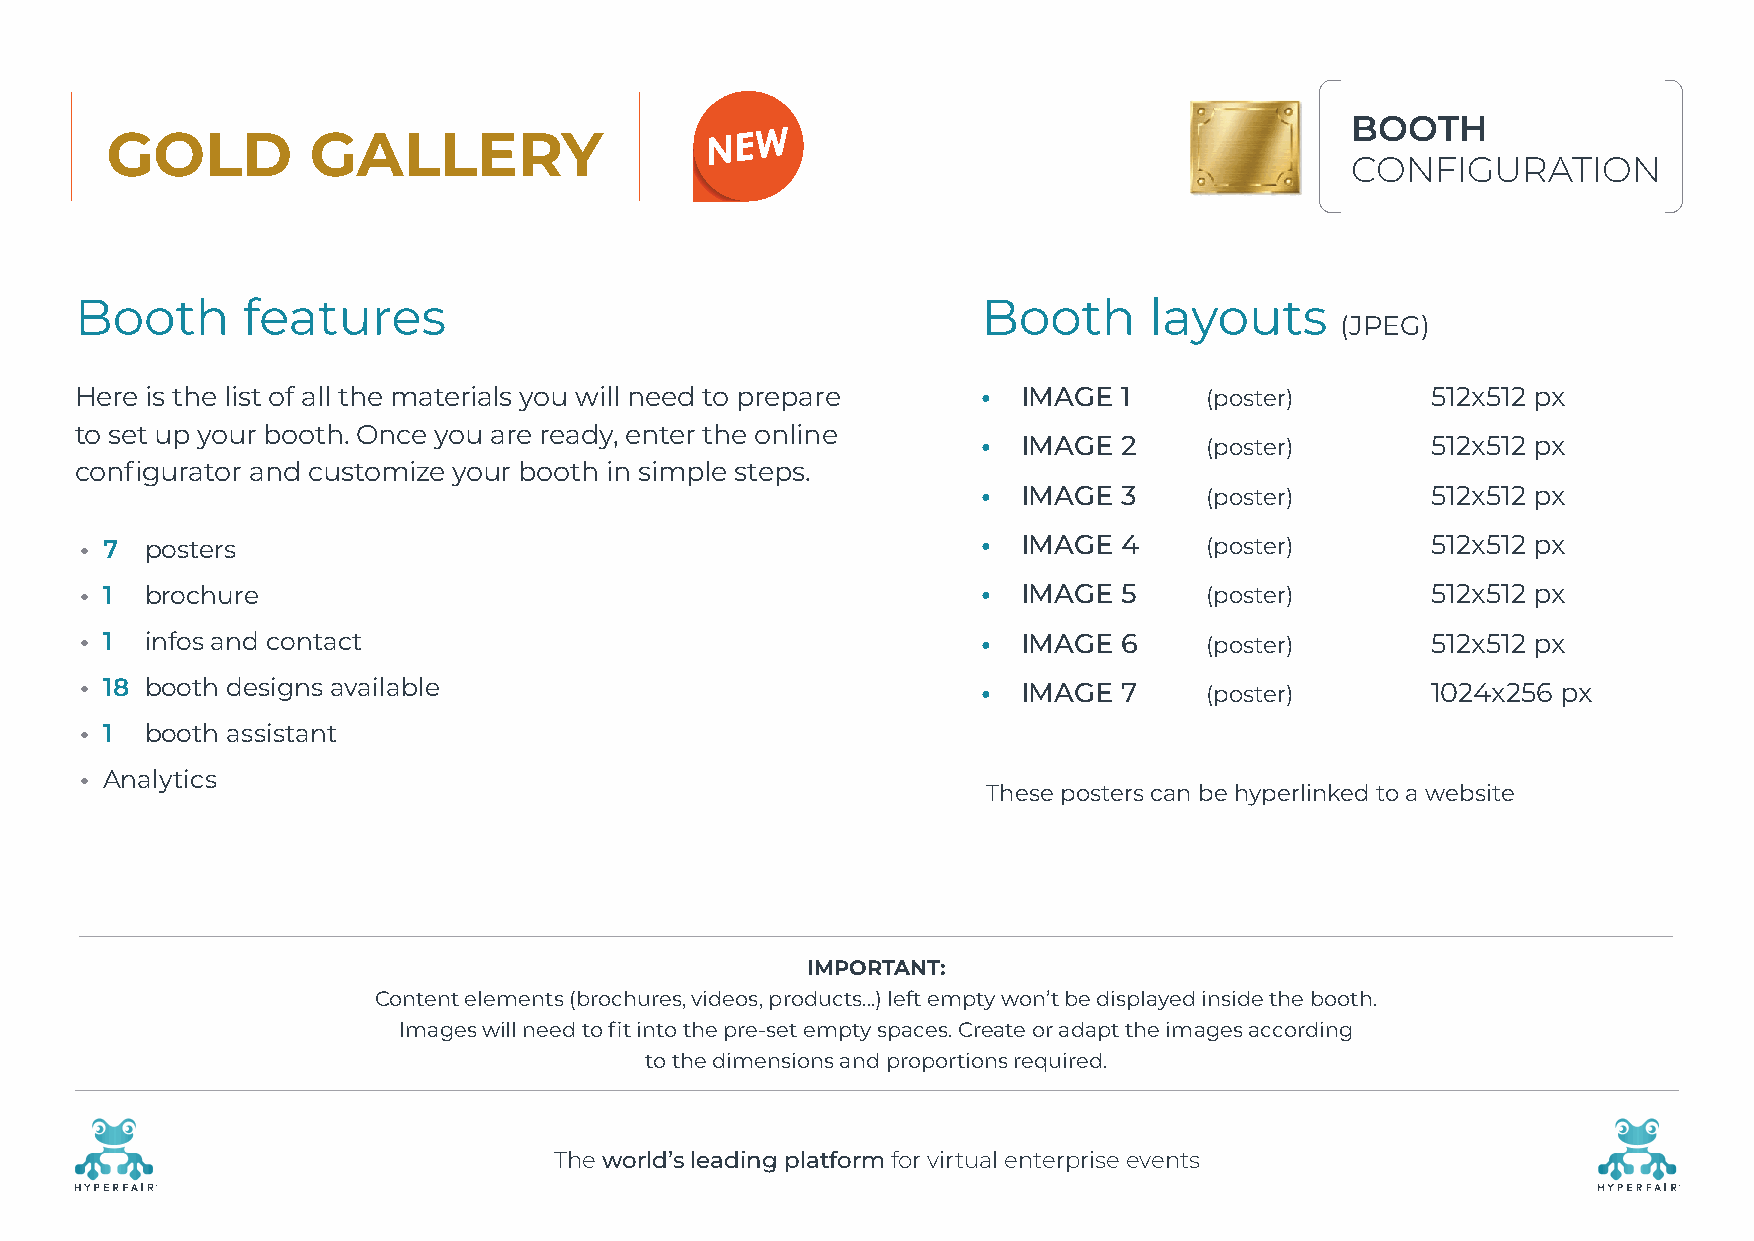
BOOTH
 GOLD         GALLERY
 CONFIGURATION
 Booth      features                                         Booth      layouts
 (JPEG)
 Here is the list of all the materials you will need to prepare • IMAGE 1   (poster)       512x512 px
 to set up your booth. Once you are ready, enter the online
 •  IMAGE 2     (poster)       512x512 px
 configurator and customize your booth in simple steps.
 •  IMAGE 3     (poster)       512x512 px
 • 7  posters                                                •  IMAGE 4     (poster)       512x512 px
 • 1  brochure                                               •  IMAGE 5     (poster)       512x512 px
 • 1  infos and contact                                      •  IMAGE 6     (poster)       512x512 px
 • 1 8 booth designs available                               •  IMAGE 7     (poster)       1024x256 px
 • 1  booth assistant
 • Analytics
 These posters can be hyperlinked to a website
 IMPORTANT:
 Content elements (brochures, videos, products…) left empty won’t be displayed inside the booth.
 Images will need to fit into the pre-set empty spaces. Create or adapt the images according
 to the dimensions and proportions required.
 The world’s leading platform for virtual enterprise events
 R                                                                                                    R